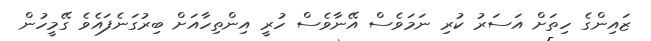
ޒައިންގެ ހިތަށް އަސަރު ކުރި ނަމަވެސް އޭނާވެސް ހުރީ އިންތިހާއަށް ބިރުގަނެފައެވެ ގޭމީހުން